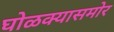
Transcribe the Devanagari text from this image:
घोळक्यासमोर